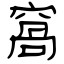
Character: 窩